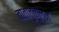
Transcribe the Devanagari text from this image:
वातातुकूलन